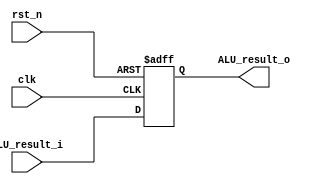
module ALUOut(
  input clk,
  input rst_n,
  input [63:0] ALU_result_i,//Regfile Read-data1
  
  output [63:0] ALU_result_o
  );
  reg [63:0] ALUOut;
  always@(posedge clk or posedge rst_n)
  begin
    if (rst_n)
      ALUOut <= 64'h0;
    else
      ALUOut <= ALU_result_i;
  end
  assign ALU_result_o = ALUOut;
endmodule